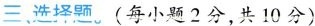
三选择题。(每小题2分，共10分)